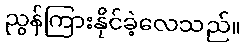
ညွန်ကြားနိုင်ခဲ့လေသည်။